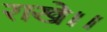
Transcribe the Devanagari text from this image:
राखे।।